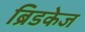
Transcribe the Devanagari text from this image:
ब्रिडकेज